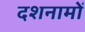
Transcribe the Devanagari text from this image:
दशनामों